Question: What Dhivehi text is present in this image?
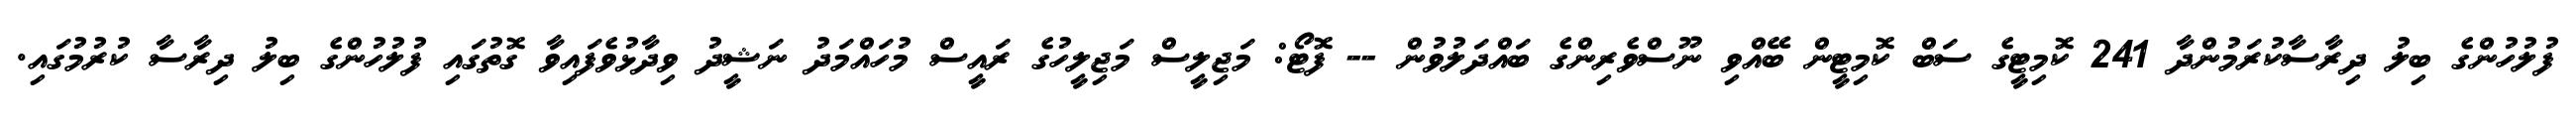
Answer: ފުލުހުންގެ ބިލު ދިރާސާކުރަމުންދާ 241 ކޮމިޓީގެ ސަބް ކޮމިޓީން ބޭއްވި ނޫސްވެރިންގެ ބައްދަލުވުން -- ފޮޓޯ: މަޖިލީސް މަޖިލީހުގެ ރައީސް މުހައްމަދު ނަޝީދު ވިދާޅުވެފައިވާ ގޮތުގައި ފުލުހުންގެ ބިލު ދިރާސާ ކުރުމުގައި.